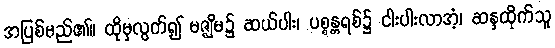
အပြစ်မည်၏။ ထိုမှလွတ်၍ မဇ္ဈိမ၌ ဆယ်ပါး၊ ပစ္စန္တရစ်၌ ငါးပါးလာအံ့၊ ဆန္ဒထိုက်သူ